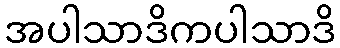
အပါသာဒိကပါသာဒိ